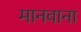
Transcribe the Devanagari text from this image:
मानवाना